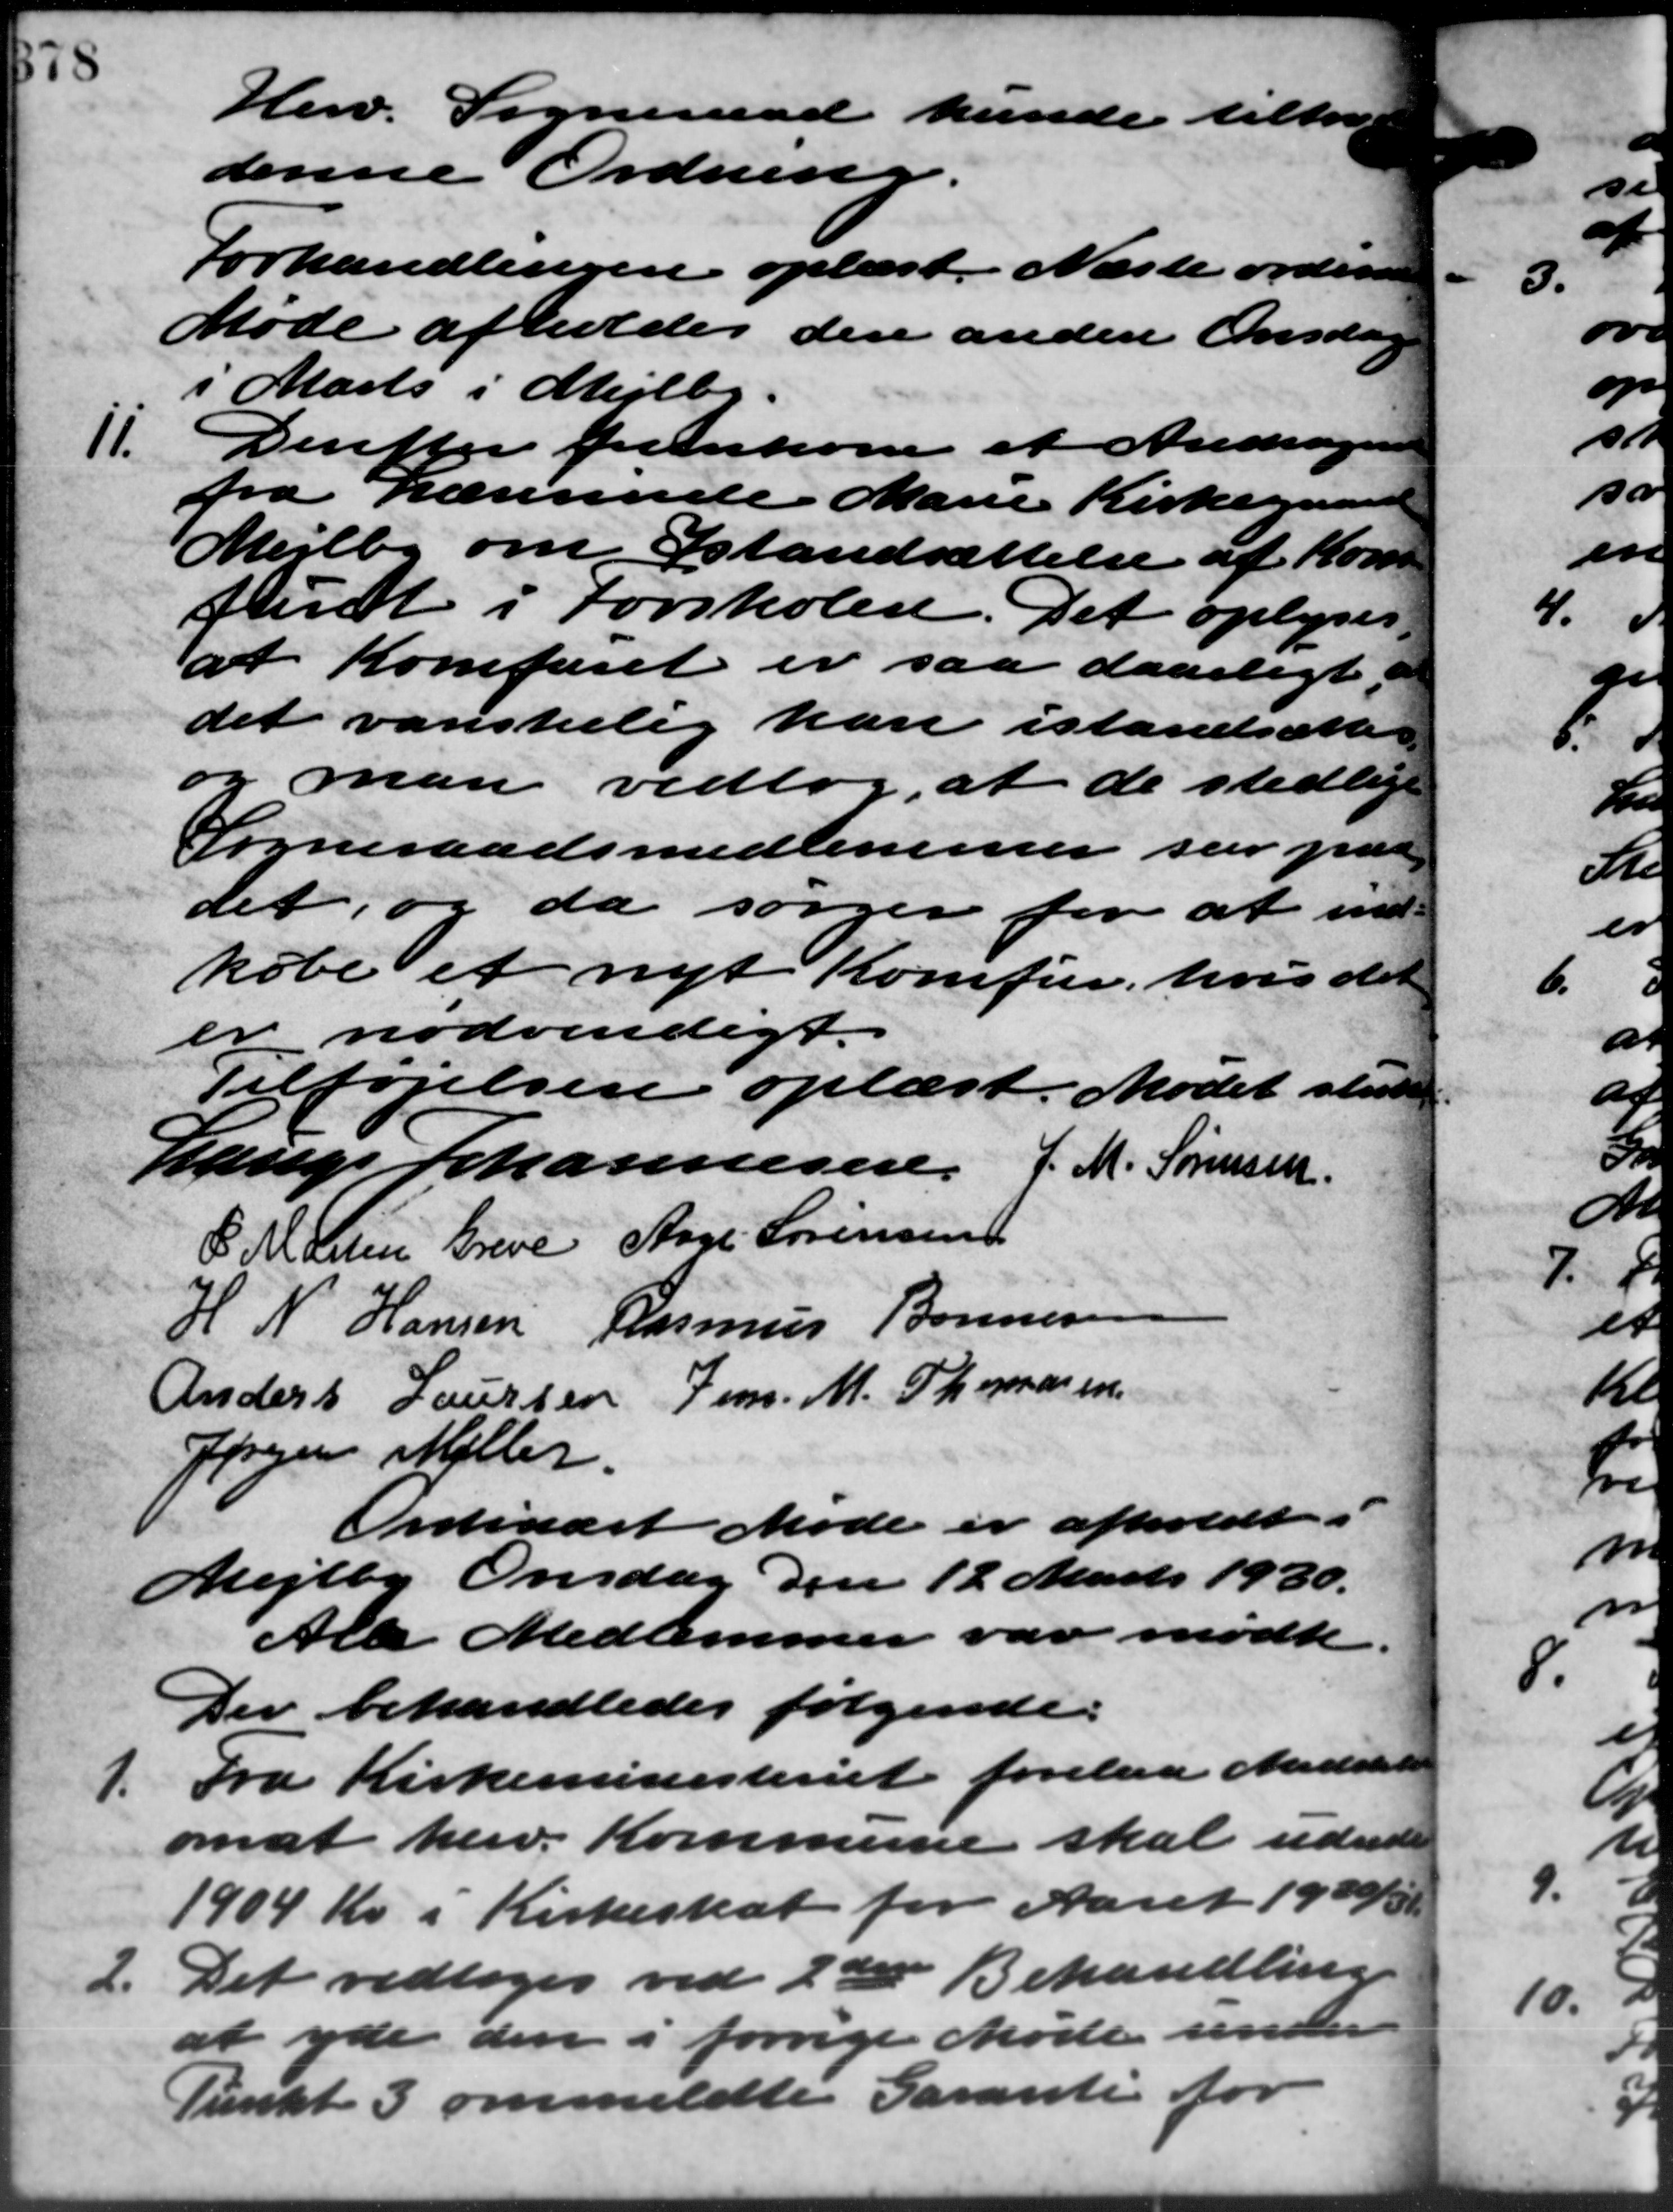
Transskription:
Herv. Sogneraad kunde tiltræ
denne Ordning.
Forhandlingen oplæst. Næste ordinære
Møde afholdes den anden Onsdage
i Marts i Mejlby.
11.
Derefter fremkom et Andrager
fra Lærerinde Marie Kirkegaard
Mejlby om Istandsættelse af Kom
furt i Forskolen. Det oplyses.
at Komfuret er saa daarligt
det vanskelig kan istandsættes
og man vedtog, at de stedlige
Sogneraadsmedlemmer var paa
det, og da sørger for at ind-
købe et nyt Komfur, hvis de
er nødvendigt.
Tilføjelsen oplæst. Mødet slutte
Lauge Johannesen, J. M. Sørensen
C. M. Søren Greve Aage Sørensen
H. N. Hansen Rasmus Bonnes
Anders Laursen Jens M. Thomasen
Jørgen Møller
Ordinært Møde er afholdt i
Mejlby Onsdag den 12 Marts 1930.
Alle Medlemmer var mødte
Der behandledes følgende:
1. Fra Kirkeministeriet forelaa Meddelelse
1. Fra Kirkeministeriet forelaa Meddelelse
om at herv. Kommune skal udrede
1904 Kr. i Kirkeskat for Aaret 1930/31.
2.
Det vedtoges ved 2de Behandling
at yde den i forrige Møde under
Punkt 3 ommeldte Garanti for